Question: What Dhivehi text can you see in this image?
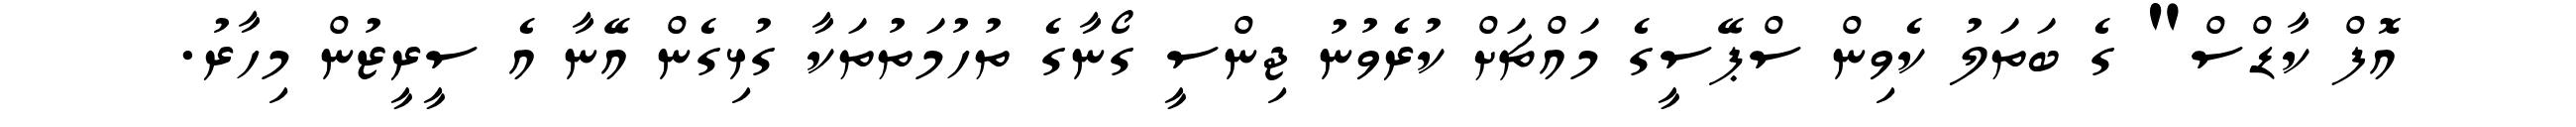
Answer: އޮފް ކާޑްސް" ގެ ބަތަލު ކެވިން ސްޕޭސީގެ މައްޗަށް ކުރެވުނު ޖިންސީ ގޯނާގެ ތުހުމަތުތަކާ ގުޅިގެން އޭނާ އެ ސީރީޒުން މިހާރު.